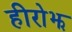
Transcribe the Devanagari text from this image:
हीरोझ